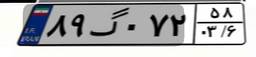
۸۹گ۰۷۲۵۸